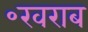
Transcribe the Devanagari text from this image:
॰खराब